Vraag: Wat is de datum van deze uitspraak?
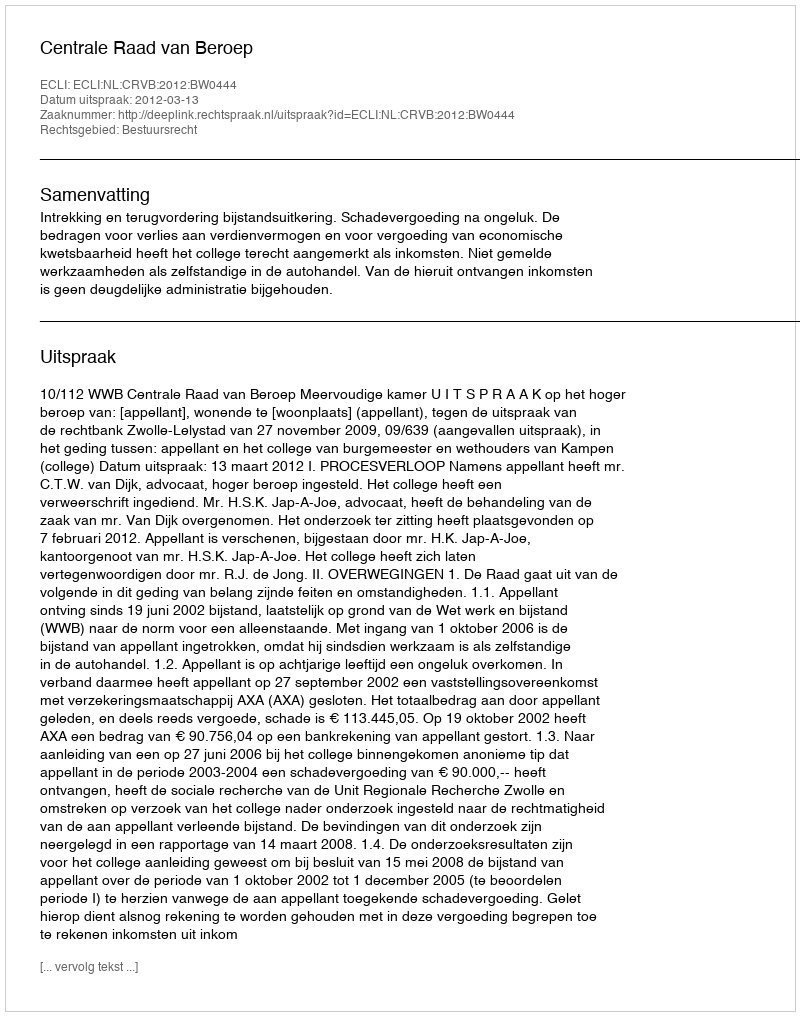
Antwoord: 2012-03-13